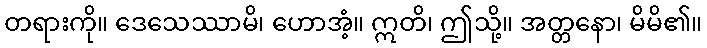
တရားကို။ ဒေသေဿာမိ၊ ဟောအံ့။ ဣတိ၊ ဤသို့။ အတ္တနော၊ မိမိ၏။